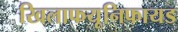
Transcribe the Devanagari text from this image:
खिलाफयूनिफायड